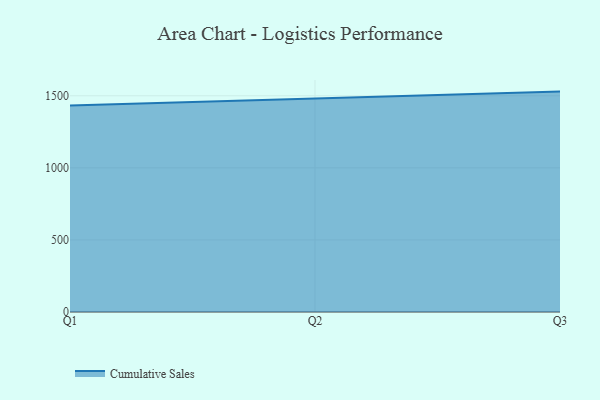
{"axis": {"x": "Quarter", "y": "Website Visitors"}, "legend": ["Cumulative Sales"], "data": [{"x": "Q1", "y": 1433.0, "type": "Cumulative Sales"}, {"x": "Q2", "y": 1482.4, "type": "Cumulative Sales"}, {"x": "Q3", "y": 1528.9, "type": "Cumulative Sales"}]}